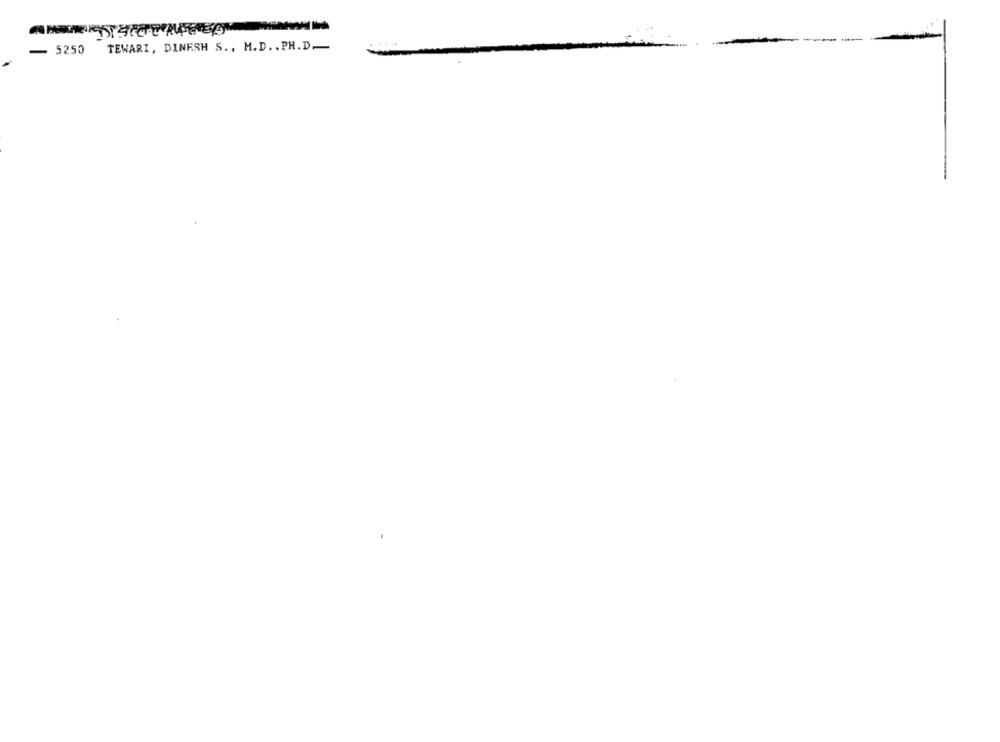
- 5250
TEWARI, DINESH S ., M.D. , PH.D.